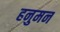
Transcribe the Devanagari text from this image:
हनुमन